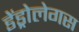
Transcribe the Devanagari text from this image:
डेंड्रोलेगस